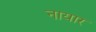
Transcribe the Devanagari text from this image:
नायार